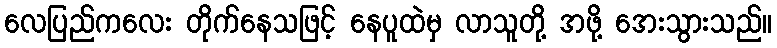
လေပြည်ကလေး တိုက်နေသဖြင့် နေပူထဲမှ လာသူတို့ အဖို့ အေးသွားသည်။